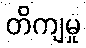
တိကျမှု